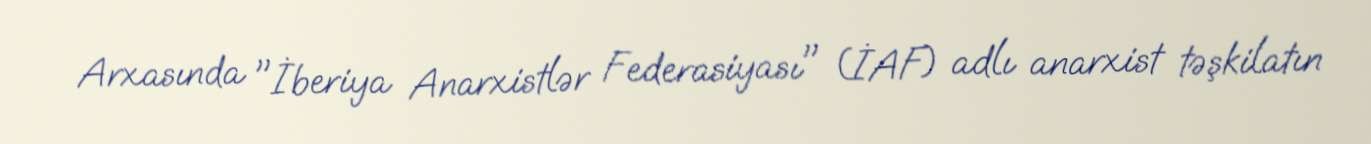
Arxasında "İberiya Anarxistlər Federasiyası" (İAF) adlı anarxist təşkilatın